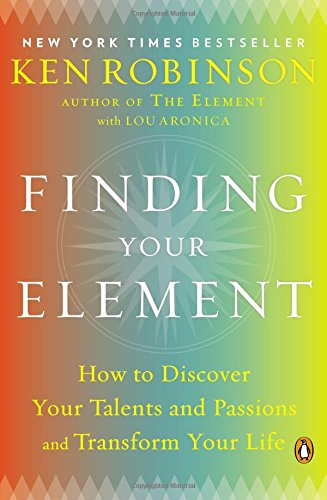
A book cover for Finding Your Element: How to Discover Your Talents and Passions and Transform Your Life; Ken Robinson; Education & Teaching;